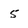
Character: 5